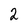
Character: 2